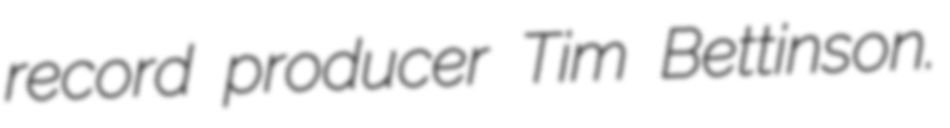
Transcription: record producer Tim Bettinson.